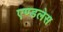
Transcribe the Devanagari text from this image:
एण्डलेस